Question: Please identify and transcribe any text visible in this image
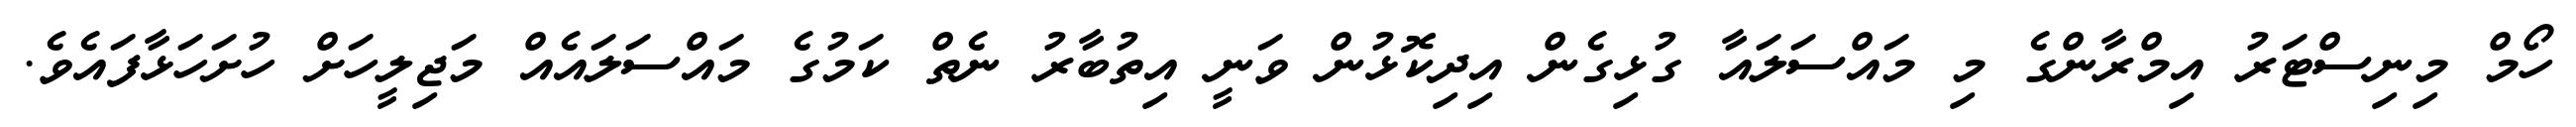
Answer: ހޯމް މިނިސްޓަރު އިމްރާންގެ މި މައްސަލައާ ގުޅިގެން އިދިކޮޅުން ވަނީ އިތުބާރު ނެތް ކަމުގެ މައްސަލައެއް މަޖިލީހަށް ހުށަހަޅާފައެވެ.